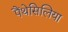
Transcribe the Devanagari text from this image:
पैंथेसिलिया